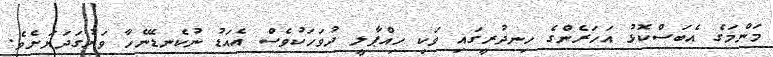
މަންމަގެ އެބަސްކޮޅު އަހަރެންގެ ހިނދުރީގައި ވަކި ހިއްޕާލީ ދުވަހަކުވެސް އެއަޑު ނުކެނޑޭނެހާ ވަރުގަދަޔަށެވެ.